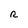
Character: R